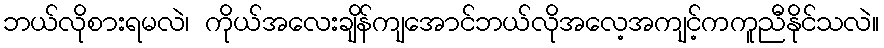
ဘယ်လိုစားရမလဲ၊ ကိုယ်အလေးချိန်ကျအောင်ဘယ်လိုအလေ့အကျင့်ကကူညီနိုင်သလဲ။